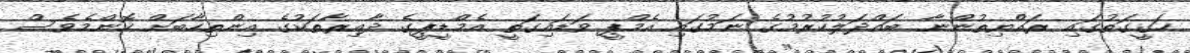
ހަގީގަތުގައި ރައްޔިތުންނާ ބައްދަލުކުރުމުގެ ނަމުގައި އެމްޕީ ވަޑައިގަތީ އެމްޑީޕީގެ ދާއިރާތަކުގެ އިންތިހާބަށް ކޮންމެވެސް